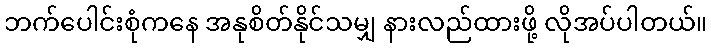
ဘက်ပေါင်းစုံကနေ အနုစိတ်နိုင်သမျှ နားလည်ထားဖို့ လိုအပ်ပါတယ်။